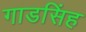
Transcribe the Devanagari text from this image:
गाडसिंह